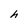
Character: h